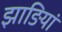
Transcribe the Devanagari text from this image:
झाङियां